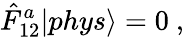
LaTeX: \displaystyle\hat{F}_{12}^{a}|phys{\rangle}=0~,